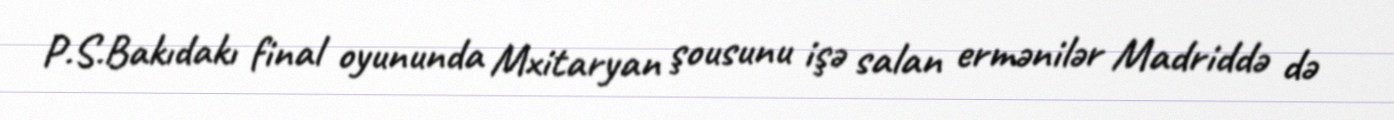
P.S.Bakıdakı final oyununda Mxitaryan şousunu işə salan ermənilər Madriddə də